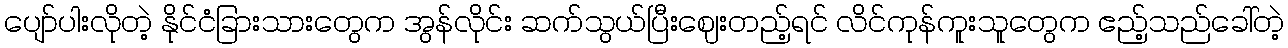
ပျော်ပါးလိုတဲ့ နိုင်ငံခြားသားတွေက အွန်လိုင်း ဆက်သွယ်ပြီးဈေးတည့်ရင် လိင်ကုန်ကူးသူတွေက ဧည့်သည်ခေါ်တဲ့